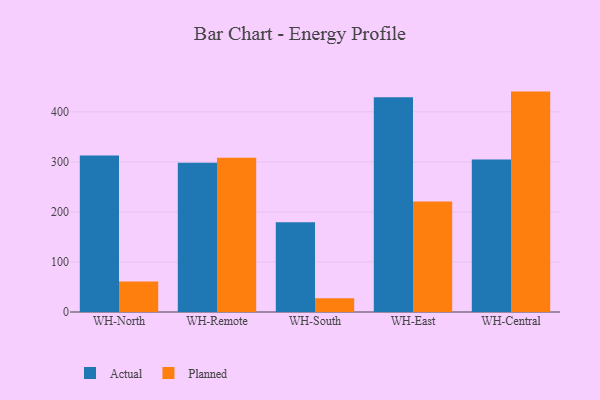
{"axis": {"x": "Warehouse", "y": "Active Users"}, "legend": ["Actual", "Planned"], "data": [{"x": "WH-North", "y": 312.8, "type": "Actual"}, {"x": "WH-North", "y": 61.0, "type": "Planned"}, {"x": "WH-Remote", "y": 298.0, "type": "Actual"}, {"x": "WH-Remote", "y": 308.4, "type": "Planned"}, {"x": "WH-South", "y": 179.2, "type": "Actual"}, {"x": "WH-South", "y": 27.4, "type": "Planned"}, {"x": "WH-East", "y": 429.2, "type": "Actual"}, {"x": "WH-East", "y": 220.7, "type": "Planned"}, {"x": "WH-Central", "y": 304.8, "type": "Actual"}, {"x": "WH-Central", "y": 440.4, "type": "Planned"}]}